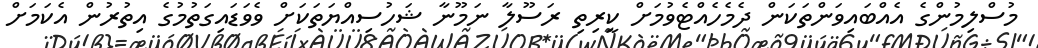
މުސްލިމުންގެ އެއްބައިވަންތަކަން ދެމެހެއްޓެވުމަށް ކީރިތި ރަސޫލާ ނަމޫނާ ޝަހުސިއްޔަތަކަށް ވެވަޑައިގަތުމުގެ އިތުރުން އެކަމަށް